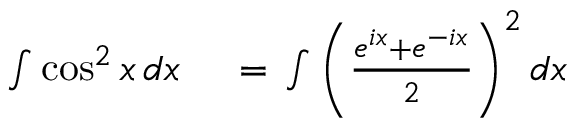
\begin{array} { r l } { \int \cos ^ { 2 } x \, d x \, } & { { } = \, \int \left( { \frac { e ^ { i x } + e ^ { - i x } } { 2 } } \right) ^ { 2 } d x } \end{array}